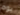
يوم